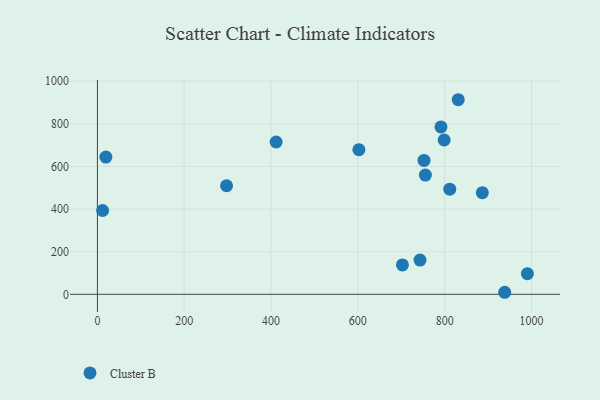
{"axis": {"x": "Investment", "y": "Exam Score"}, "legend": ["Cluster B"], "data": [{"x": "831.2", "y": 913.2, "type": "Cluster B"}, {"x": "743.1", "y": 160.8, "type": "Cluster B"}, {"x": "12.0", "y": 393.4, "type": "Cluster B"}, {"x": "411.7", "y": 714.8, "type": "Cluster B"}, {"x": "798.8", "y": 724.2, "type": "Cluster B"}, {"x": "990.5", "y": 96.9, "type": "Cluster B"}, {"x": "755.5", "y": 559.6, "type": "Cluster B"}, {"x": "791.4", "y": 785.4, "type": "Cluster B"}, {"x": "702.7", "y": 137.9, "type": "Cluster B"}, {"x": "602.4", "y": 679.0, "type": "Cluster B"}, {"x": "19.5", "y": 644.2, "type": "Cluster B"}, {"x": "938.3", "y": 9.5, "type": "Cluster B"}, {"x": "811.7", "y": 493.4, "type": "Cluster B"}, {"x": "297.5", "y": 509.5, "type": "Cluster B"}, {"x": "886.7", "y": 477.1, "type": "Cluster B"}, {"x": "752.4", "y": 628.2, "type": "Cluster B"}]}